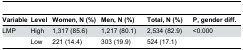
<table><thead><tr><td><b>Variable</b></td><td><b>Level</b></td><td><b>Women, N (%)</b></td><td><b>Men, N (%)</b></td><td><b>Total, N (%)</b></td><td><b>P, gender diff.</b></td></tr></thead><tbody><tr><td>LMP</td><td>High</td><td>1,317 (85.6)</td><td>1,217 (80.1)</td><td>2,534 (82.9)</td><td>&lt;0.000</td></tr><tr><td></td><td>Low</td><td>221 (14.4)</td><td>303 (19.9)</td><td>524 (17.1)</td><td></td></tr></tbody></table>